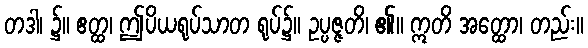
တဒါ၊ ၌။ ဧတ္ထ၊ ဤပိယရုပ်သာတ ရုပ်၌။ ဥပ္ပဇ္ဇတိ၊ ၏။ ဣတိ အတ္ထော၊ တည်း။